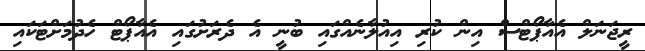
ރީޖަނަލް އެއާޕޯޓްސް އިން ކުރި އިއުލާނެއްގައި ބުނީ އެ ދެރަށުގައި އެއާޕޯޓް ހެދުމަށްޓަކައި